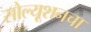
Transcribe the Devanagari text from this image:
सोल्यूशनचा